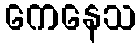
ကေနေသ